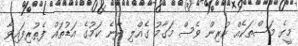
މީގެ މަސްތަކެއް ކުރިން ވެސް މަގާމު ގެއްލި ދާނެ ކަމުގެ އަޑުތައް ފެތުރިފައިވާ